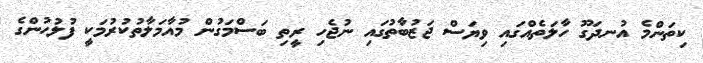
ކިތަންމެ އުނދަގޫ ހާލަތެއްގައި ވިޔަސް ޖަޒުބާތުގައި ނުޖެހި ރީތި ބަސްމަގުން މުއާމަލާތުކުރުމަކީ ފުލުހުންގެ